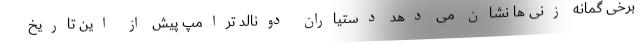
برخی گمانه زنی ها نشان می دهد دستیاران دونالد ترامپ پیش از این تاریخ